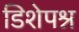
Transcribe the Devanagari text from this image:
डिशेपश्न